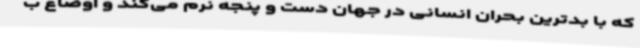
که با بدترین بحران انسانی در جهان دست و پنجه نرم می‌کند و اوضاع ب